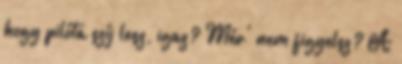
hogy pilóta szíj lesz, igaz? Mér' nem figyelsz? A